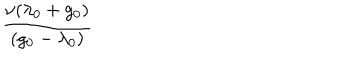
\frac { \nu ( \lambda _ { 0 } + g _ { 0 } ) } { ( g _ { 0 } - \lambda _ { 0 } ) }